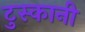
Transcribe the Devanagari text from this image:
टुस्कानी